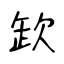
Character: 欫